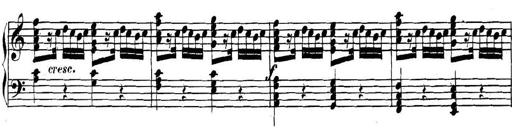
Title: Collected Piano Sonatas
Composer: Muzio Clementi